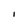
Character: I